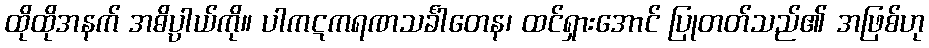
ထိုထိုအနက် အဓိပ္ပာယ်ကို။ ပါကဋကရဏသင်္ခါတေန၊ ထင်ရှားအောင် ပြုတတ်သည်၏ အဖြစ်ဟု